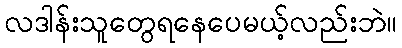
လဒါန်းသူတွေရနေပေမယ့်လည်းဘဲ။